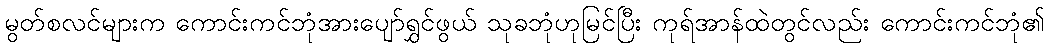
မွတ်စလင်များက ကောင်းကင်ဘုံအားပျော်ရွှင်ဖွယ် သုခဘုံဟုမြင်ပြီး ကုရ်အာန်ထဲတွင်လည်း ကောင်းကင်ဘုံ၏